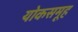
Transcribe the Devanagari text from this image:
योकसमूह